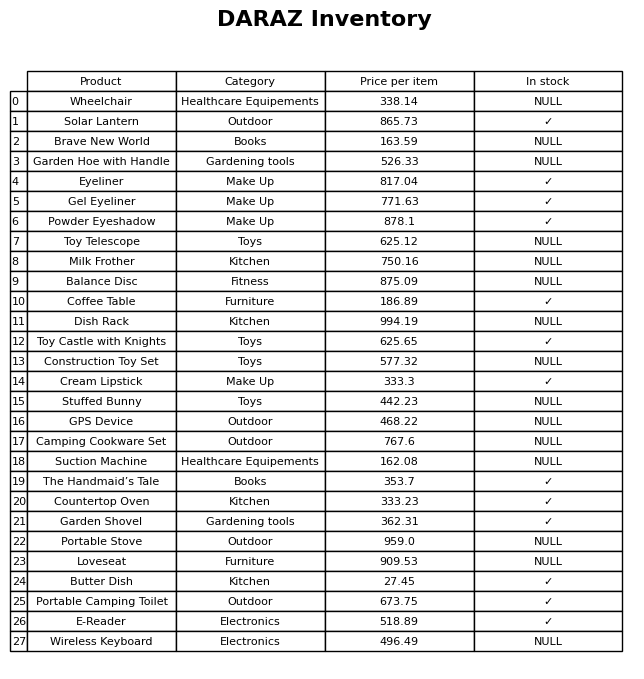
question: Is the Butter Dish in stock?
answer: ✓